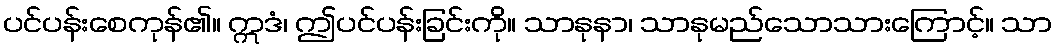
ပင်ပန်းစေကုန်၏။ ဣဒံ၊ ဤပင်ပန်းခြင်းကို။ သာနုနာ၊ သာနုမည်သောသားကြောင့်။ သာ